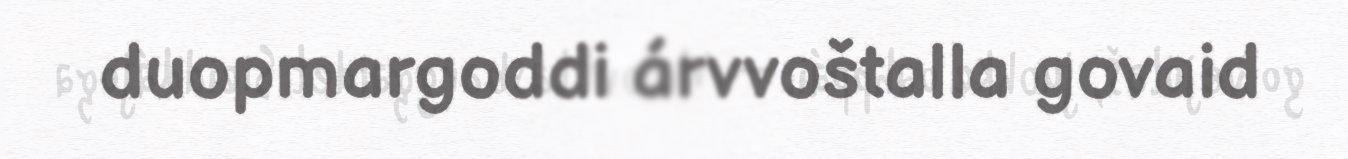
duopmargoddi árvvoštalla govaid